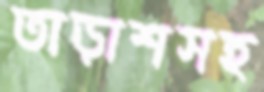
তাড়াশসহ